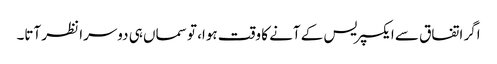
اگر اتفاق سے ایکسپریس کے آنے کا وقت ہوا، تو سماں ہی دوسرا نظر آتا۔